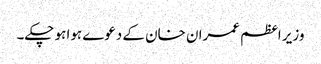
وزیر اعظم عمران خان کے دعوے ہوا ہو چکے۔